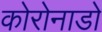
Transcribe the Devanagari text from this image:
कोरोनाडो